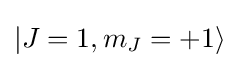
|J=1,m_{J}=+1\rangle